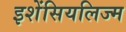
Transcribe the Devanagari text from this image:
इशेंसियलिज्म